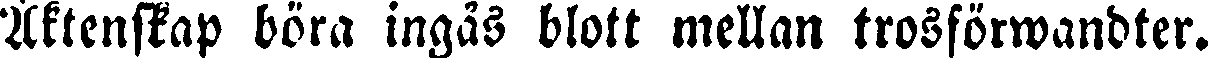
Äktenskap böra ingas blott mellan trosförwandter.